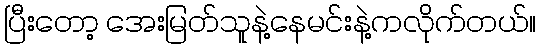
ပြီးတော့ အေးမြတ်သူနဲ့နေမင်းနဲ့ကလိုက်တယ်။